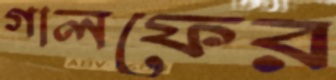
গালফের